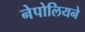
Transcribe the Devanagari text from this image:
नेपोलियने